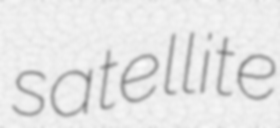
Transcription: satellite